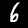
Digit: 6